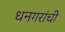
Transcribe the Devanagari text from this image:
धनगरांची